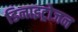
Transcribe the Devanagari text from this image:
डिनाइट्रोजन